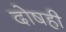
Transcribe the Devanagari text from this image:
दोषही